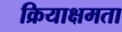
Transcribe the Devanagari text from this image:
क्रियाक्षमता